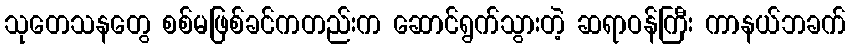
သုတေသနတွေ စစ်မဖြစ်ခင်ကတည်းက ဆောင်ရွက်သွားတဲ့ ဆရာဝန်ကြီး ကာနယ်ဘခက်